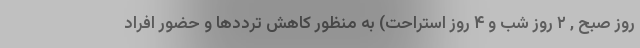
روز صبح , ۲ روز شب و ۴ روز استراحت) به منظور کاهش ترددها و حضور افراد